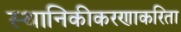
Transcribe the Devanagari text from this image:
स्थानिकीकरणाकरिता